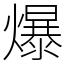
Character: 爆